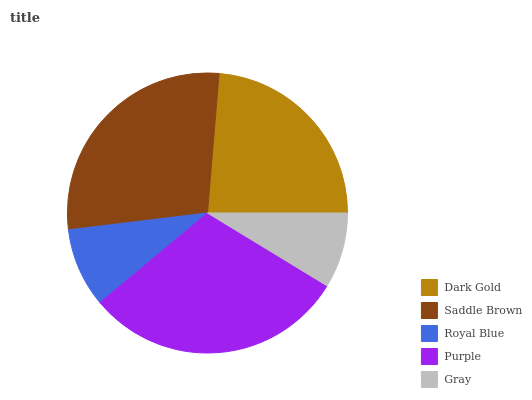
| Dark Gold | Saddle Brown | Royal Blue | Purple | Gray |
 | --- | --- | --- | --- | --- |
 | 23.7% | 28.2% | 9.14% | 30.2% | 8.71% |